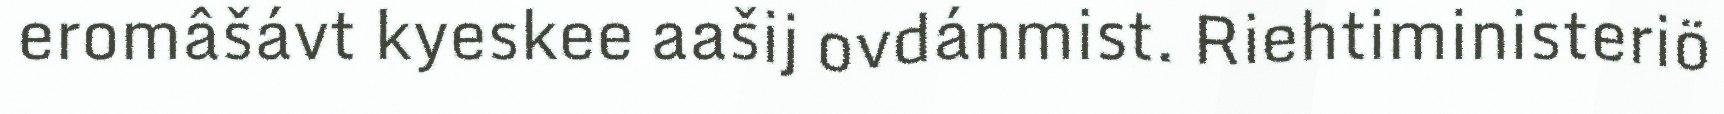
eromâšávt kyeskee aašij ovdánmist. Riehtiministeriö